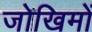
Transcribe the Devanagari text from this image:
जोखिमों